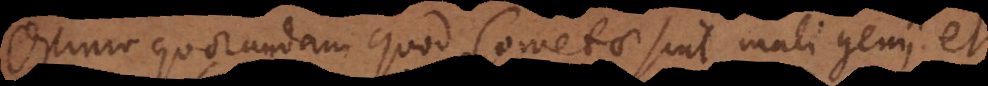
Opinio quorundam quod Cometae sint mali genii et